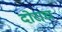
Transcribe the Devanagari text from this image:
दोराच